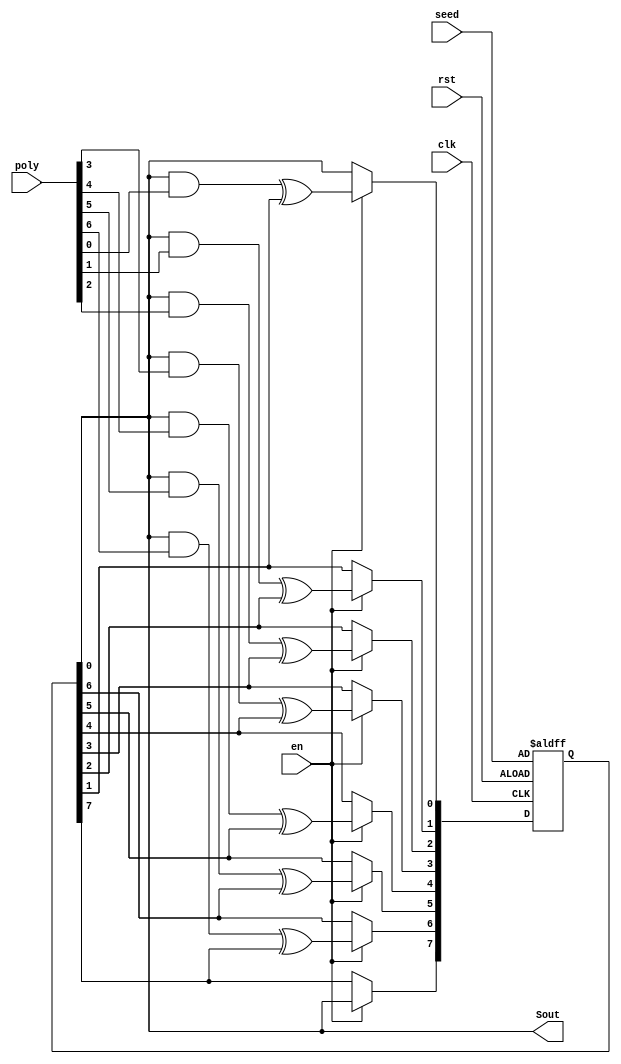
`timescale 1ns / 1ps
module SRSG	#(parameter n = 8 )
			( clk, rst, en, poly, seed, Sout );
			
	input clk, rst, en;
	input [ n - 1 : 0 ] seed;
	input [ n - 1 : 0 ] poly;
	reg [ n - 1 : 0 ] data;

	output Sout;
	
	integer i;
	
	always @( posedge clk or posedge rst ) begin

		if( rst == 1'b1 )
			data = seed;
				
		else if( en == 1'b1 ) begin			
			data[n - 1] <=   data[0];
			for( i = 0; i < n - 1; i = i + 1 ) begin
				data[i] <= ( data[0] & poly[i] ) ^ data[i + 1];
			end //for
		end

	end
			
	assign Sout = data[0];

	
endmodule